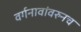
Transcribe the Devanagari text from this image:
वर्गनावांवरुनच